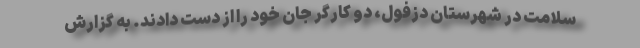
سلامت در شهرستان دزفول، دو کارگر جان خود را از دست دادند. به گزارش